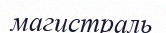
магистраль